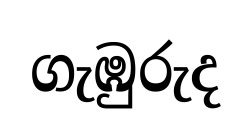
ගැඹුරුද